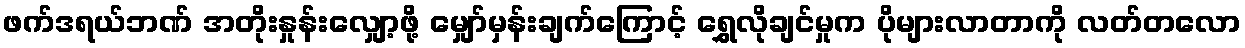
ဖက်ဒရယ်ဘဏ် အတိုးနှုန်းလျှော့ဖို့ မျှော်မှန်းချက်ကြောင့် ရွှေလိုချင်မှုက ပိုများလာတာကို လတ်တလော